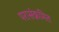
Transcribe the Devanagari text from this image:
परासंक्रमित